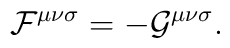
{\cal F}^{{\mu}{\nu}{\sigma}}=-{\cal G}^{{\mu}{\nu}{\sigma}}.